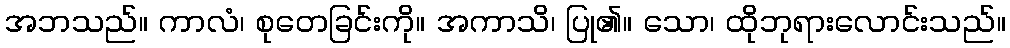
အဘသည်။ ကာလံ၊ စုတေခြင်းကို။ အကာသိ၊ ပြု၏။ သော၊ ထိုဘုရားလောင်းသည်။